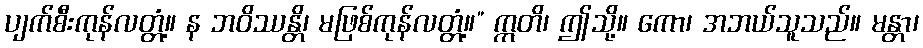
ပျက်စီးကုန်လတ္တံ့။ န ဘဝိဿန္တိ၊ မဖြစ်ကုန်လတ္တံ့။” ဣတိ၊ ဤသို့။ ကော၊ အဘယ်သူသည်။ မန္တာ၊